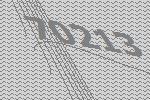
70213